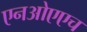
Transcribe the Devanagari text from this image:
एनओएएच